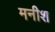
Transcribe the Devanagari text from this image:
मनीश